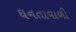
ઘનતાવાળી